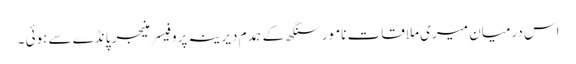
اس درمیان میری ملاقات نامور سنگھ کے ہمدم دیرینہ پروفیسر منیجر پانڈے سے ہوئی ۔